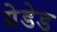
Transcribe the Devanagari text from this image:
ग्रेडेड